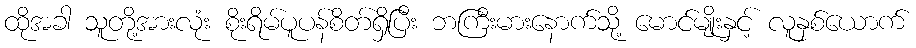
ထိုအခါ သူတို့အားလုံး စိုးရိမ်ပူပန်စိတ်ရှိပြီး ဘကြီးမားနောက်သို့ မောင်မျိုးနှင့် လူနှစ်ယောက်